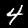
Label: 4